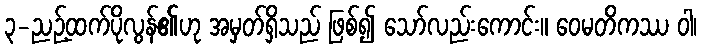
၃-ညဉ့်ထက်ပိုလွန်၏ဟု အမှတ်ရှိသည် ဖြစ်၍ သော်လည်းကောင်း။ ဝေမတိကဿ ဝါ၊